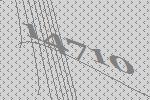
14710